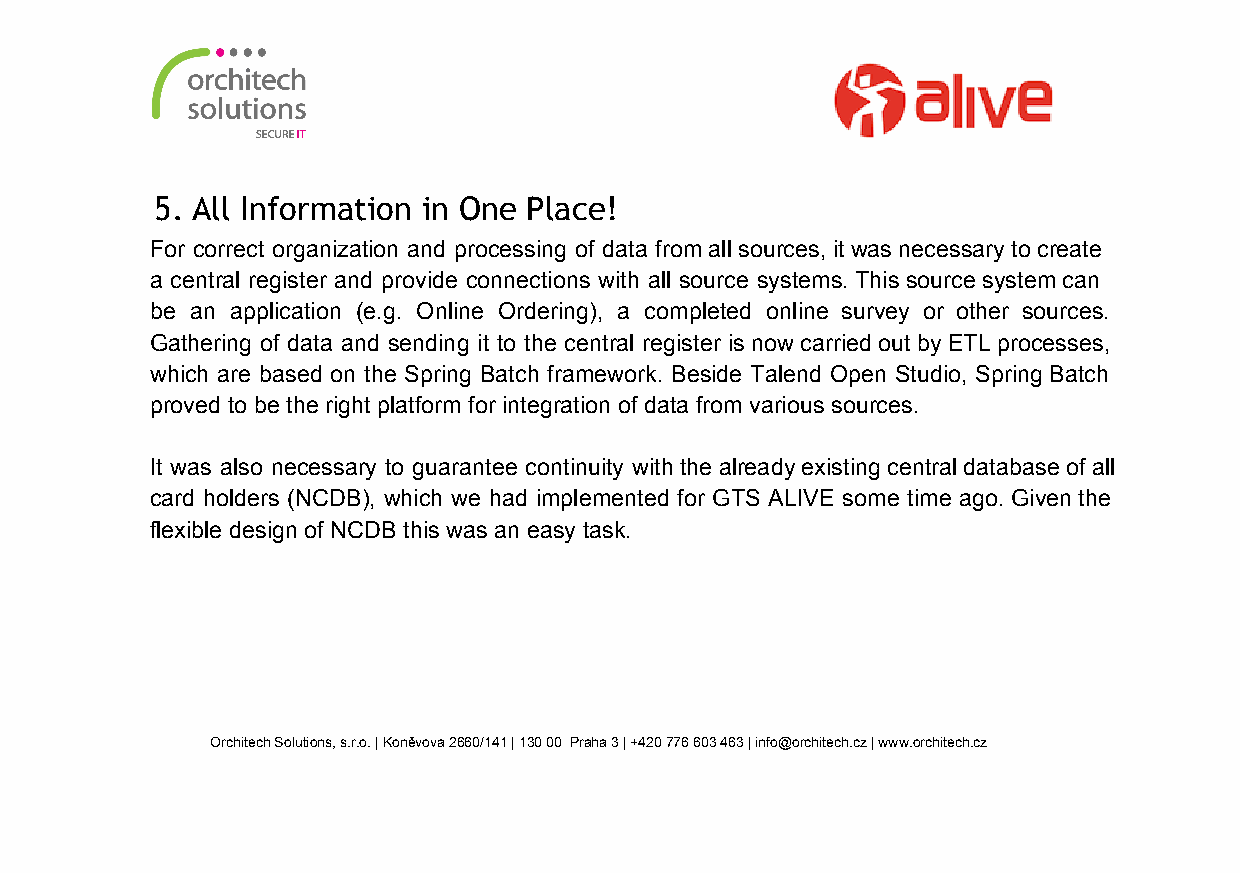
5. All Information in One Place!
 For correct organization and processing of data from all sources, it was necessary to create
 a central register and provide connections with all source systems. This source system can
 be an application (e.g. Online Ordering), a completed online survey or other sources.
 Gathering of data and sending it to the central register is now carried out by ETL processes,
 which are based on the Spring Batch framework. Beside Talend Open Studio, Spring Batch
 proved to be the right platform for integration of data from various sources.
 It was also necessary to guarantee continuity with the already existing central database of all
 card holders (NCDB), which we had implemented for GTS ALIVE some time ago. Given the
 flexible design of NCDB this was an easy task.
 Orchitech Solutions, s.r.o. | Koněvova 2660/141 | 130 00 Praha 3 | +420 776 603 463 | info@orchitech.cz | www.orchitech.cz